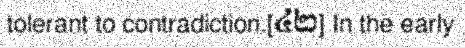
tolerant to contradiction.[៤២] In the early